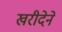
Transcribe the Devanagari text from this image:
खरीदेने